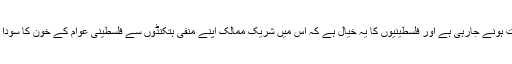
آج یہ نشست ہونے جارہی ہے اور فلسطینیوں کا یہ خیال ہے کہ اس میں شریک ممالک اپنے منفی ہتکنڈوں سے فلسطینی عوام کے خون کا سودا کریں گے۔